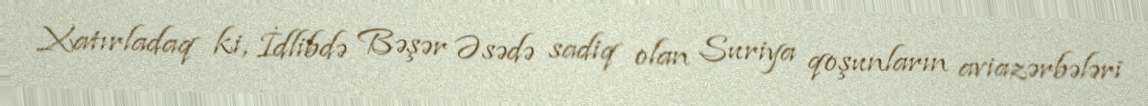
Xatırladaq ki, İdlibdə Bəşər Əsədə sadiq olan Suriya qoşunların aviazərbələri